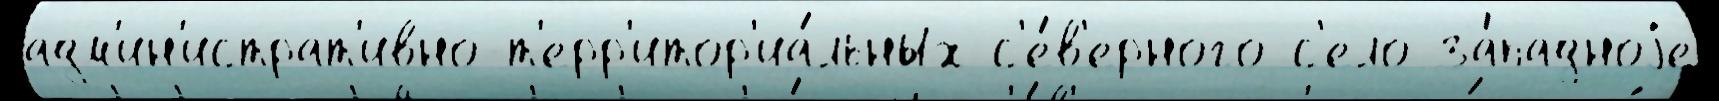
адм'ин'истрат'ивно-т'ерр'итор'иа́льных с'е́в'ерного с'ело за́падноjе